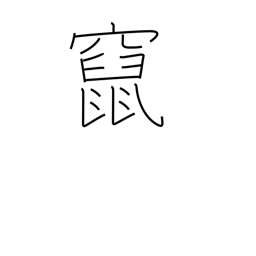
Meaning: flee